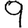
Digit: 9